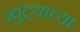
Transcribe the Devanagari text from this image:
खुंट्याच्या